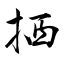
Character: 拪